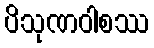
ပိသုဏဝါစဿ